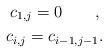
LaTeX: \begin{gather*} c_{1,j} = 0\qquad,\\ c_{i,j} = c_{i-1,j-1} .\end{gather*}